Vaccination Hyderabad 1872-1889 - 1872-1889
Year: 1872
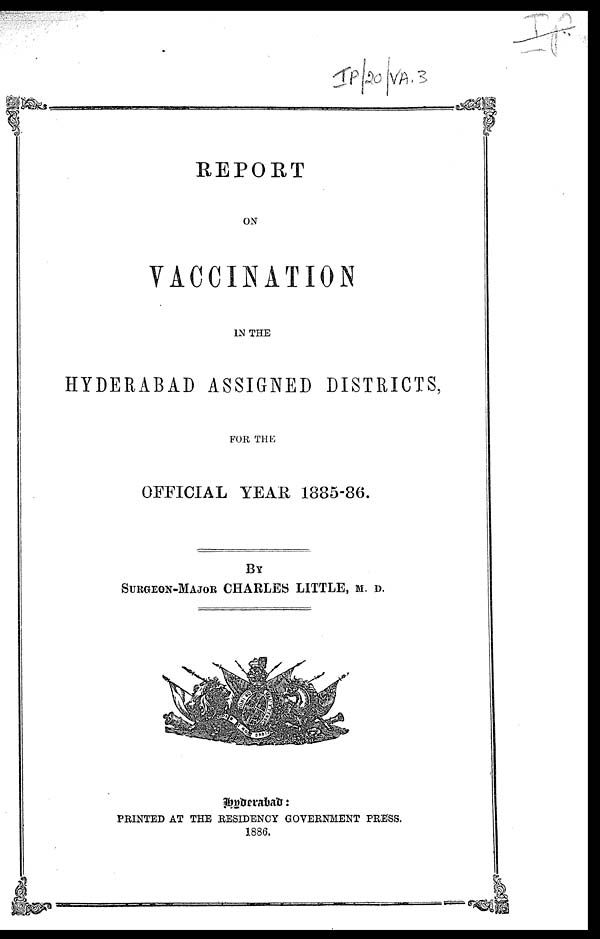
REPORT
ON
VACCINATION
IN THE
HYDERABAD ASSIGNED DISTRICTS,
FOR THE
OFFICIAL YEAR 1885-86.
BY
SURGEON-MAJOR CHARLES LITTLE, M. D.
Hyderabad :
PRINTED AT THE RESIDENCY GOVERNMENT PRESS.
1886.